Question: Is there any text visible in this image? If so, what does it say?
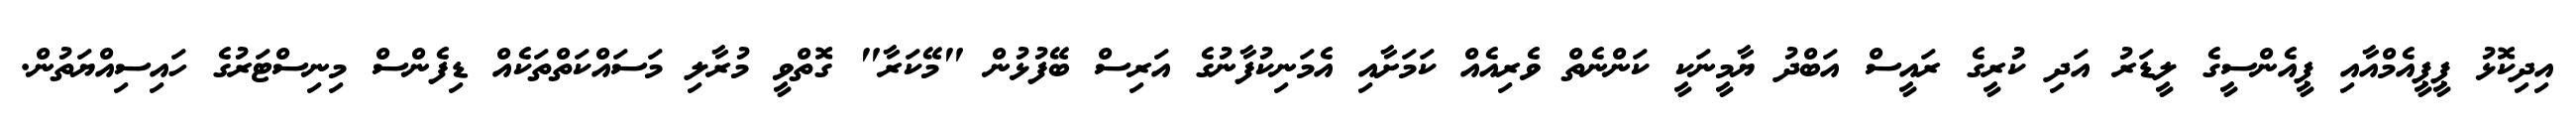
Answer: އިދިކޮޅު ޕީޕީއެމްއާއި ޕީއެންސީގެ ލީޑަރު އަދި ކުރީގެ ރައީސް އަބްދު ޔާމީނަކީ ކަންނެތް ވެރިއެއް ކަމަށާއި އެމަނިކުފާނުގެ އަރިސް ބޭފުޅުން "މޭކަރާ" ގޮތްވީ މުރާލި މަސައްކަތްތަކެއް ޑިފެންސް މިނިސްޓަރުގެ ހައިސިއްޔަތުން.